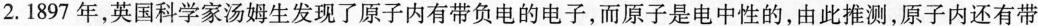
2.1897年，英国科学家汤姆生发现了原子内有带负电的电子，而原子是电中性的，由此推测，原子内还有带